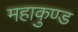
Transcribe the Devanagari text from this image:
महाकुण्ड